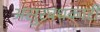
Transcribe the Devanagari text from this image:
असुरवधकारी